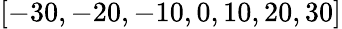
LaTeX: \left[-30,-20,-10,0,10,20,30\right]